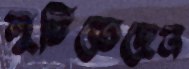
লুটিতেছেন